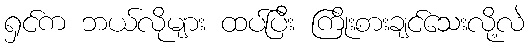
ရှင်က ဘယ်လိုများ ထပ်ပြီး ကြိုးစားချင်သေးလို့လဲ